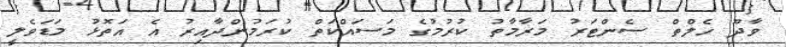
ވާދޫ ހެލްތް ސެންޓަރު މަރާމާތު ކުރުމުގެ މަސައްކަތް ކުރަމުންދާއިރު އެ އަތޮޅު މަޑަވެލީ